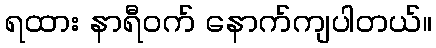
ရထား နာရီဝက် နောက်ကျပါတယ်။